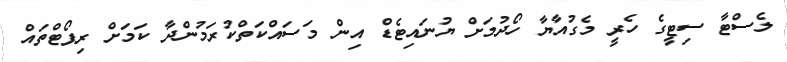
ލެސްޓާ ސިޓީގެ ހެރީ މެގުއާޔާ ހޯދުމަށް ޔުނައިޓެޑް އިން މަސައްކަތްކުރަމުންދާ ކަމަށް ރިޕޯޓްތައް